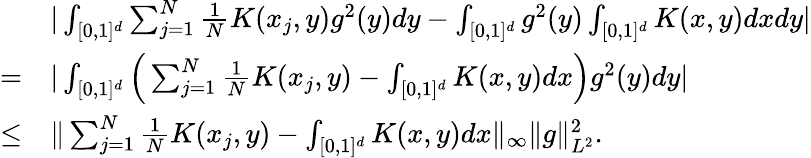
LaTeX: \begin{array}{rl}&{|\int_{[0,1]^{d}}\sum_{j=1}^{N}\frac{1}{N}K(x_{j},y)g^{2}(y)dy-\int_{[0,1]^{d}}g^{2}(y)\int_{[0,1]^{d}}K(x,y)dxdy|}\\ {=}&{|\int_{[0,1]^{d}}\Big(\sum_{j=1}^{N}\frac{1}{N}K(x_{j},y)-\int_{[0,1]^{d}}K(x,y)dx\Big)g^{2}(y)dy|}\\ {\leq}&{\| \sum_{j=1}^{N}\frac{1}{N}K(x_{j},y)-\int_{[0,1]^{d}}K(x,y)dx\| _{\infty}\| g\| _{L^{2}}^{2}.}\end{array}